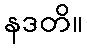
နဒတိ။